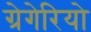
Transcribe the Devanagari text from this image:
ग्रेगेरियो